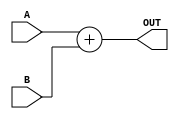
module Add32(
input [31:0] A,
input [31:0] B,
output [31:0] OUT
);
assign OUT=A+B;
endmodule